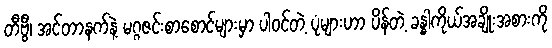
တီဗွီ၊ အင်တာနက်နဲ့ မဂ္ဂဇင်းစာစောင်များမှာ ပါဝင်တဲ့ ပုံများဟာ ပိန်တဲ့ ခန္ဓါကိုယ်အချိုးအစားကို